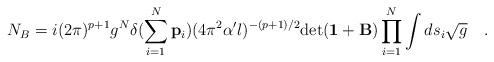
LaTeX: \begin{align*}N_B = i (2\pi)^{p+1} g^N \delta ( \sum_{i=1}^{N} {\bf p}_i ) (4\pi^2 \alpha^{\prime} l )^{-(p+1)/2} {\rm det} ( {\bf 1} + {\bf B} ) \prod_{i=1}^N \int d s_i {\sqrt {g}} \quad .\end{align*}